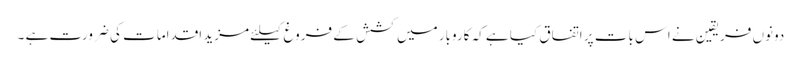
دونوں فریقین نے اس بات پر اتفاق کیا ہے کہ کاروبار میں کشش کے فروغ کیلئے مزید اقدامات کی ضرورت ہے ۔